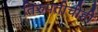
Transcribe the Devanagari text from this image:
तिरुपतीचीही